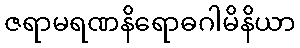
ဇရာမရဏနိရောဓဂါမိနိယာ